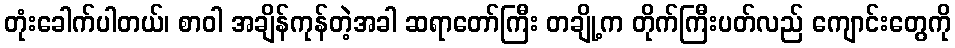
တုံးခေါက်ပါတယ်၊ စာဝါ အချိန်ကုန်တဲ့အခါ ဆရာတော်ကြီး တချို့က တိုက်ကြီးပတ်လည် ကျောင်းတွေကို